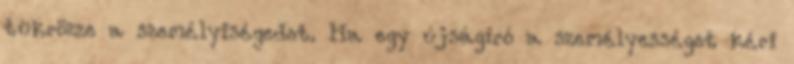
tükrözze a személyiségedet. Ha egy újságíró a személyességet kéri